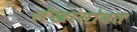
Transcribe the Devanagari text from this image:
लेखांसोबत